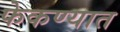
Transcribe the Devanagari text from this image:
फेकण्यात